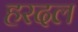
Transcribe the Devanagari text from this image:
हरदल